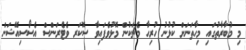
މި މުބާރާތުގައި މިހާތަނަށް ކުޅުނު ހުރިހާ މެޗަކުން މޮޅުވެފައިވާ ސޮކަރ ވެޓެރަންސް އެސޯސިއޭޝަން